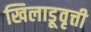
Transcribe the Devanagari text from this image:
खिलाडूवृत्ती